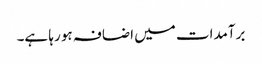
برآمدات میں اضافہ ہو رہا ہے۔